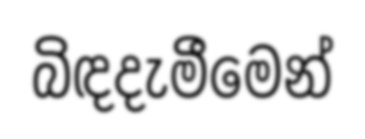
බිඳදැමීමෙන්